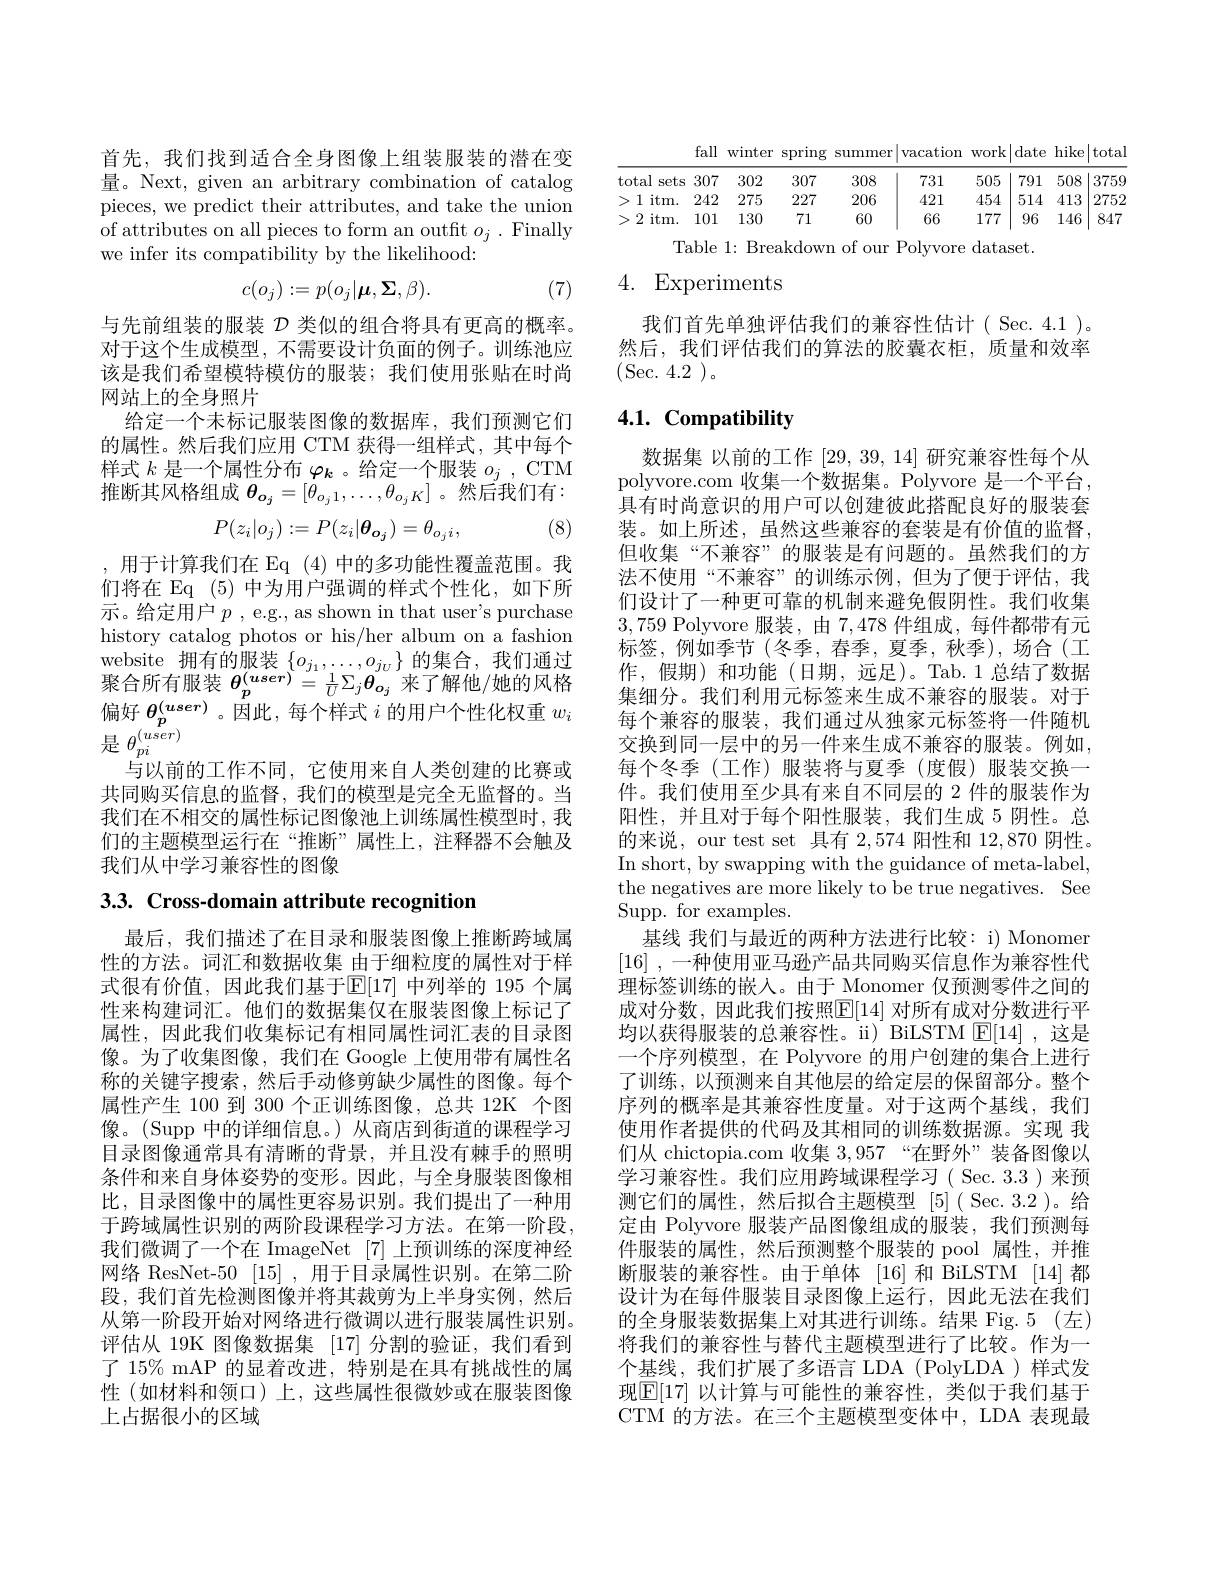
首先，我们找到适合全身图像上组装服装的潜在变量。Next, given an arbitrary combination of catalog pieces, we predict their attributes, and take the union of attributes on all pieces to form an outft $o_j.$ Finally we infer its compatibility by the likelihood:
$$c(o_j):=p(o_j|\boldsymbol{\mu},\boldsymbol{\Sigma},\beta).$$
(7)

与先前组装的服装$\mathcal{D}$类似的组合将具有更高的概率。对于这个生成模型，不需要设计负面的例子。训练池应该是我们希望模特模仿的服装；我们使用张贴在时尚网站上的全身照片
给定一个未标记服装图像的数据库，我们预测它们的属性。然后我们应用 CTM 获得一组样式，其中每个样式$k$是一个属性分布$\varphi_k$ 。给定一个服装$o_j$, CTM 推断其风格组成$\theta_{o_j}=[\theta_{o_j1},\ldots,\theta_{o_jK}]$ 。然后我们有：
$$P(z_i|o_j):=P(z_i|\boldsymbol{\theta}_{\boldsymbol{o}_j})=\theta_{o_ji},$$
(8)

,用于计算我们在 Eq (4)中的多功能性覆盖范围。我们将在 Eq (5)中为用户强调的样式个性化，如下所示。给定用户$p$ , e.g., as shown in that user's purchase history catalog photos or his/her album on a fashion website 拥有的服装$\{o_{j_1},\ldots,o_{j_U}\}$的集合，我们通过聚合所有服装 $\theta_p^{(user)}=\frac1U\Sigma_j\theta_{o_j}$ 来了解他/她的风格偏好$\theta_p^{(user)}$。因此，每个样式$i$的用户个性化权重$w_i$ 是 $\theta _{pi}^{( user) }$
与以前的工作不同，它使用来自人类创建的比赛或共同购买信息的监督，我们的模型是完全无监督的。当我们在不相交的属性标记图像池上训练属性模型时，我们的主题模型运行在“推断”属性上，注释器不会触及我们从中学习兼容性的图像

3.3. Cross-domain attribute recognition

最后，我们描述了在目录和服装图像上推断跨域属性的方法。词汇和数据收集 由于细粒度的属性对于样式很有价值，因此我们基于$\mathbb{E}[17]$ 中列举的 195 个属性来构建词汇。他们的数据集仅在服装图像上标记了属性，因此我们收集标记有相同属性词汇表的目录图像。为了收集图像，我们在 Google 上使用带有属性名称的关键字搜索，然后手动修剪缺少属性的图像。每个属性产生 100 到 300 个正训练图像，总共 12K 个图像。(Supp 中的详细信息。) 从商店到街道的课程学习目录图像通常具有清晰的背景，并且没有棘手的照明条件和来自身体姿势的变形。因此，与全身服装图像相比，目录图像中的属性更容易识别。我们提出了一种用于跨域属性识别的两阶段课程学习方法。在第一阶段， 我们微调了一个在 ImageNet [7] 上预训练的深度神经网络 ResNet-50 [15] ,用于目录属性识别。在第二阶段，我们首先检测图像并将其裁剪为上半身实例，然后从第一阶段开始对网络进行微调以进行服装属性识别。评估从 19K 图像数据集 [17] 分割的验证，我们看到了 15% mAP 的显着改进，特别是在具有挑战性的属性(如材料和领口)上，这些属性很微妙或在服装图像上占据很小的区域

fall winter spring summer$\left|\text{vacation work}\right|$date hike$\left|\text{total}\right|$
<table>
	<tbody>
		<tr>
			<th>total sets</th>
			<th>307</th>
			<th>302</th>
			<th>307</th>
			<th>308</th>
			<th>731</th>
			<th>505</th>
			<th>791</th>
			<th>508</th>
			<th>3759</th>
		</tr>
		<tr>
			<td>1 $itm.$</td>
			<td>242</td>
			<td>275</td>
			<td>227</td>
			<td>206</td>
			<td>421</td>
			<td>454</td>
			<td>514</td>
			<td>413</td>
			<td>2752</td>
		</tr>
		<tr>
			<td>2 $itm.$</td>
			<td>101</td>
			<td>130</td>
			<td>71</td>
			<td>60</td>
			<td>66</td>
			<td>177</td>
			<td>96</td>
			<td>146</td>
			<td>847</td>
		</tr>
	</tbody>
</table>

Table 1: Breakdown of our Polyvore dataset.

# 4. Experiments

我们首先单独评估我们的兼容性估计(Sec.4.1)。然后，我们评估我们的算法的胶囊衣柜，质量和效率(Sec.4.2)。

## $4. 1. \textbf{Compatibility}$

数据集 以前的工作[29,39,14]研究兼容性每个从polyvore.com 收集一个数据集。Polyvore 是一个平台， 具有时尚意识的用户可以创建彼此搭配良好的服装套装。如上所述，虽然这些兼容的套装是有价值的监督， 但收集“不兼容”的服装是有问题的。虽然我们的方法不使用“不兼容”的训练示例，但为了便于评估，我们设计了一种更可靠的机制来避免假阴性。我们收集3,759 Polyvore 服装，由7，478件组成，每件都带有元标签，例如季节(冬季，春季，夏季，秋季),场合(工作，假期)和功能(日期，远足)。Tab.1总结了数据集细分。我们利用元标签来生成不兼容的服装。对于每个兼容的服装，我们通过从独家元标签将一件随机交换到同一层中的另一件来生成不兼容的服装。例如， 每个冬季 (工作)服装将与夏季 (度假)服装交换一件。我们使用至少具有来自不同层的 2 件的服装作为阳性，并且对于每个阳性服装，我们生成 5 阴性。总的来说，our test set 具有 2,574 阳性和 12,870 阴性。In short, by swapping with the guidance of meta-label, the negatives are more likely to be true negatives. See Supp. for examples.
基线 我们与最近的两种方法进行比较：i) Monomer [16] , -种使用亚马逊产品共同购买信息作为兼容性代理标签训练的嵌入。由于 Monomer 仅预测零件之间的成对分数，因此我们按照$\mathbb{E}[14]$ 对所有成对分数进行平均以获得服装的总兼容性。i) BiLSTM $\operatorname{E}[14]$,这是一个序列模型，在 Polyvore 的用户创建的集合上进行了训练，以预测来自其他层的给定层的保留部分。整个序列的概率是其兼容性度量。对于这两个基线，我们使用作者提供的代码及其相同的训练数据源。实现 我们从 chictopia.com 收集3，957“在野外”装备图像以学习兼容性。我们应用跨域课程学习( Sec. 3.3)来预测它们的属性，然后拟合主题模型[5]( Sec.3.2 )。给定由 Polyvore 服装产品图像组成的服装，我们预测每件服装的属性，然后预测整个服装的 pool 属性，并推断服装的兼容性。由于单体 [16] 和 BiLSTM [14]都设计为在每件服装目录图像上运行，因此无法在我们的全身服装数据集上对其进行训练。结果 Fig.5(左) 将我们的兼容性与替代主题模型进行了比较。作为一个基线，我们扩展了多语言 LDA(PolyLDA)样式发现$\boxed{\mathbb{E}}[17]$ 以计算与可能性的兼容性，类似于我们基于CTM 的方法。在三个主题模型变体中，LDA 表现最